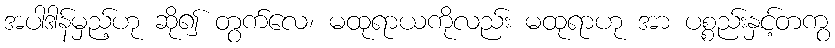
အပါဒါန်မှည့်ဟု ဆို၍ တွက်လေ၊ မထုရာယကိုလည်း မထုရာဟု အာ ပစ္စည်းနှင့်တကွ